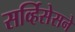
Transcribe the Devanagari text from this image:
सर्व्हिसेसने